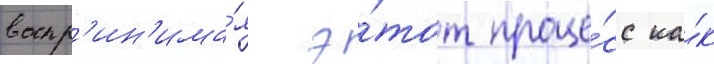
воспр'ин'има́я э́тот проце́сс ка́к